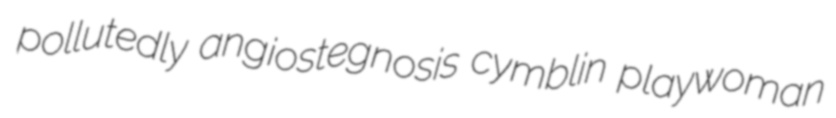
pollutedly angiostegnosis cymblin playwoman